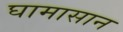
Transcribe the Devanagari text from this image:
घामासान